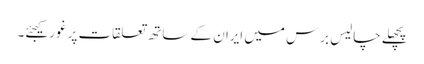
پچھلے چالیس برس میں ایران کے ساتھ تعلقات پر غور کیجئے۔